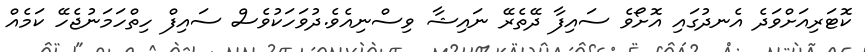
ކޮޓަރިއަށްވަދެ އެނދުގައި އޮށޯވެ ސައިފާ ދޭތެރޭ ނައިޝާ ވިސްނިއެވެ.ދުވަހަކުވެސް ސައިފް ހިތްހަމަނުޖެހޭ ކަމެއް